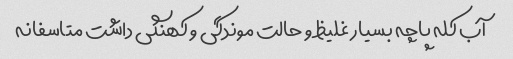
آب کله پاچه بسیار غلیظ و حالت موندگی و کهنگی داشت متاسفانه